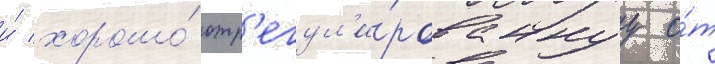
и́ хорошо́ отр'егул'и́рованнуу о́т